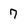
Character: 7